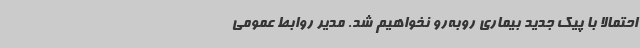
احتمالاً با پیک جدید بیماری روبه‌رو نخواهیم شد. مدیر روابط عمومی